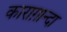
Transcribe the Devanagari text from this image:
काराग़ान्दा